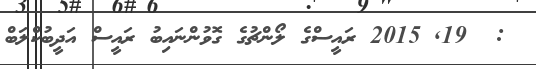
:  19